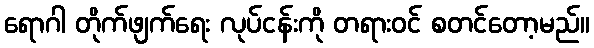
ရောဂါ တိုက်ဖျက်ရေး လုပ်ငန်းကို တရားဝင် စတင်တော့မည်။